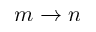
m \to n